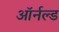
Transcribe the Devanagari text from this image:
ऑर्नल्ड